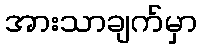
အားသာချက်မှာ